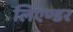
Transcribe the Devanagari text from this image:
लिएण्डर